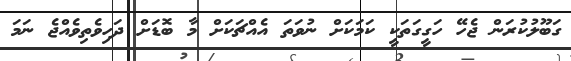
ގަބޫލުކުރަން ޖެހޭ ހަގީގަތަކީ ކަމަކަށް ނުވަތަ އެއްޗަކަށް މާ ބޮޑަށް ދަހިވެތިވެއްޖެ ނަމަ